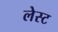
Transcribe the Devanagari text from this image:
लेस्ट